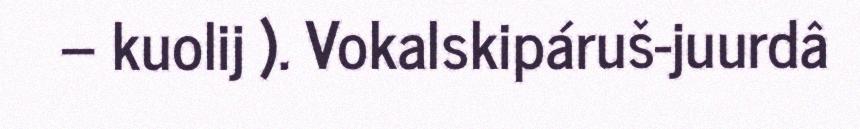
– kuolij ). Vokalskipáruš-juurdâ